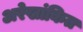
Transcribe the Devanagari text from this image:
अरेखांकित